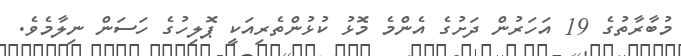
މުބާރާތުގެ 19 އަހަރުން ދަށުގެ އެންމެ މޮޅު ކުޅުންތެރިއަކީ ޕޮލިހުގެ ހަަސަން ނިލާމެވެ.